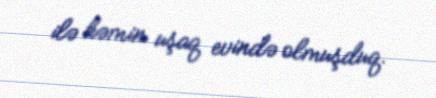
ilə həmin uşaq evində olmuşduq.